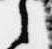
之